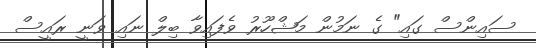
ސައިންސް ގައި" ގެ ނަމުން މަޝްހޫރު ވެފައިވާ ބިލް ނައި ވަނީ ރައީސް